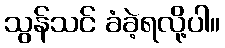
သွန်သင် ခံခဲ့ရလို့ပါ။